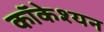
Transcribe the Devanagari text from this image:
कॉकेश्यन